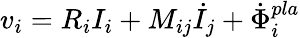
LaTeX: v_{i}=R_{i}I_{i}+M_{ij}\dot{I}_{j}+\dot{\Phi}_{i}^{pla}